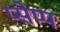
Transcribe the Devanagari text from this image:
प्सेप्प